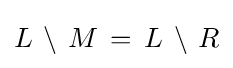
L\,\setminus \,M\,=\,L\,\setminus \,R